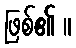
ဖြစ်၏ ။